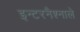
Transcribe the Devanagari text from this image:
इन्टरनैश्नाले